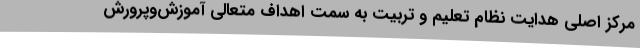
مرکز اصلی هدایت نظام تعلیم و تربیت به سمت اهداف متعالی آموزش‌وپرورش